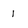
Character: 1